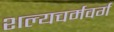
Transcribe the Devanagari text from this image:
शल्यचर्मवर्ग